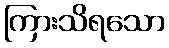
ကြားသိရသော